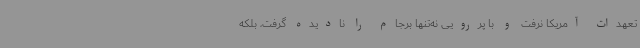
تعهدات آمریکا نرفت و با پررویی نه‌تنها برجام را نادیده گرفت، بلکه